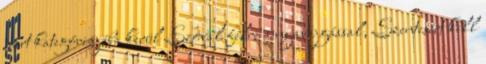
párt kategóriájába kerül Szóval félre a nyavajgással, Szentesért kell